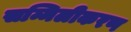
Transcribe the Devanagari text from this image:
सम्मिलीकरण